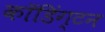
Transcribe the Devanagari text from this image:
कॉडिंग्टन